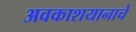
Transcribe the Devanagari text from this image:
अवकाशयानाचे